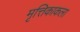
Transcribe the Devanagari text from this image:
मृत्तिकाकला